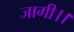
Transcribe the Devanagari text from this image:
जागी।।